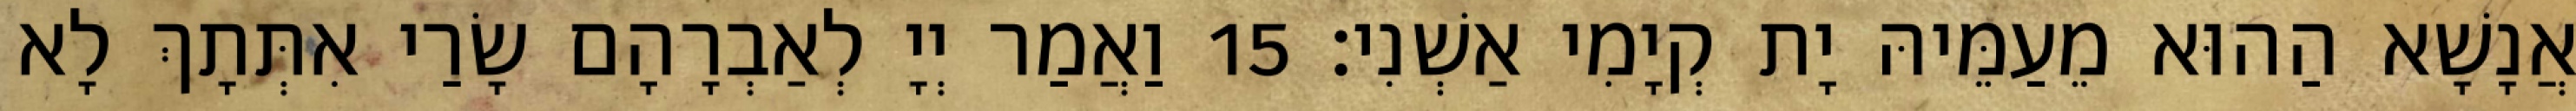
אֲנָשָׁא הַהוּא מֵעַמֵּיהּ יָת קְיָמִי אַשְׁנִי׃ 15 וַאֲמַר יְיָ לְאַבְרָהָם שָׂרַי אִתְּתָךְ לָא